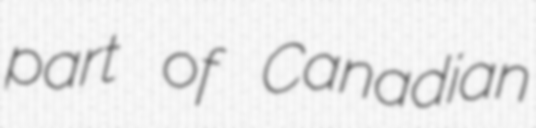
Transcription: part of Canadian